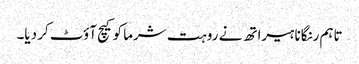
تاہم رنگانا ہیراتھ نے روہت شرما کو کیچ آؤٹ کر دیا۔